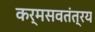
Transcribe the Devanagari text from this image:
कर्मसवतंत्रय